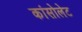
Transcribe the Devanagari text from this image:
कांसोलेट